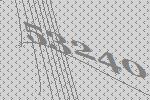
53240